NAE_ERA_R-2362_Emakeele_Selts, lk 51
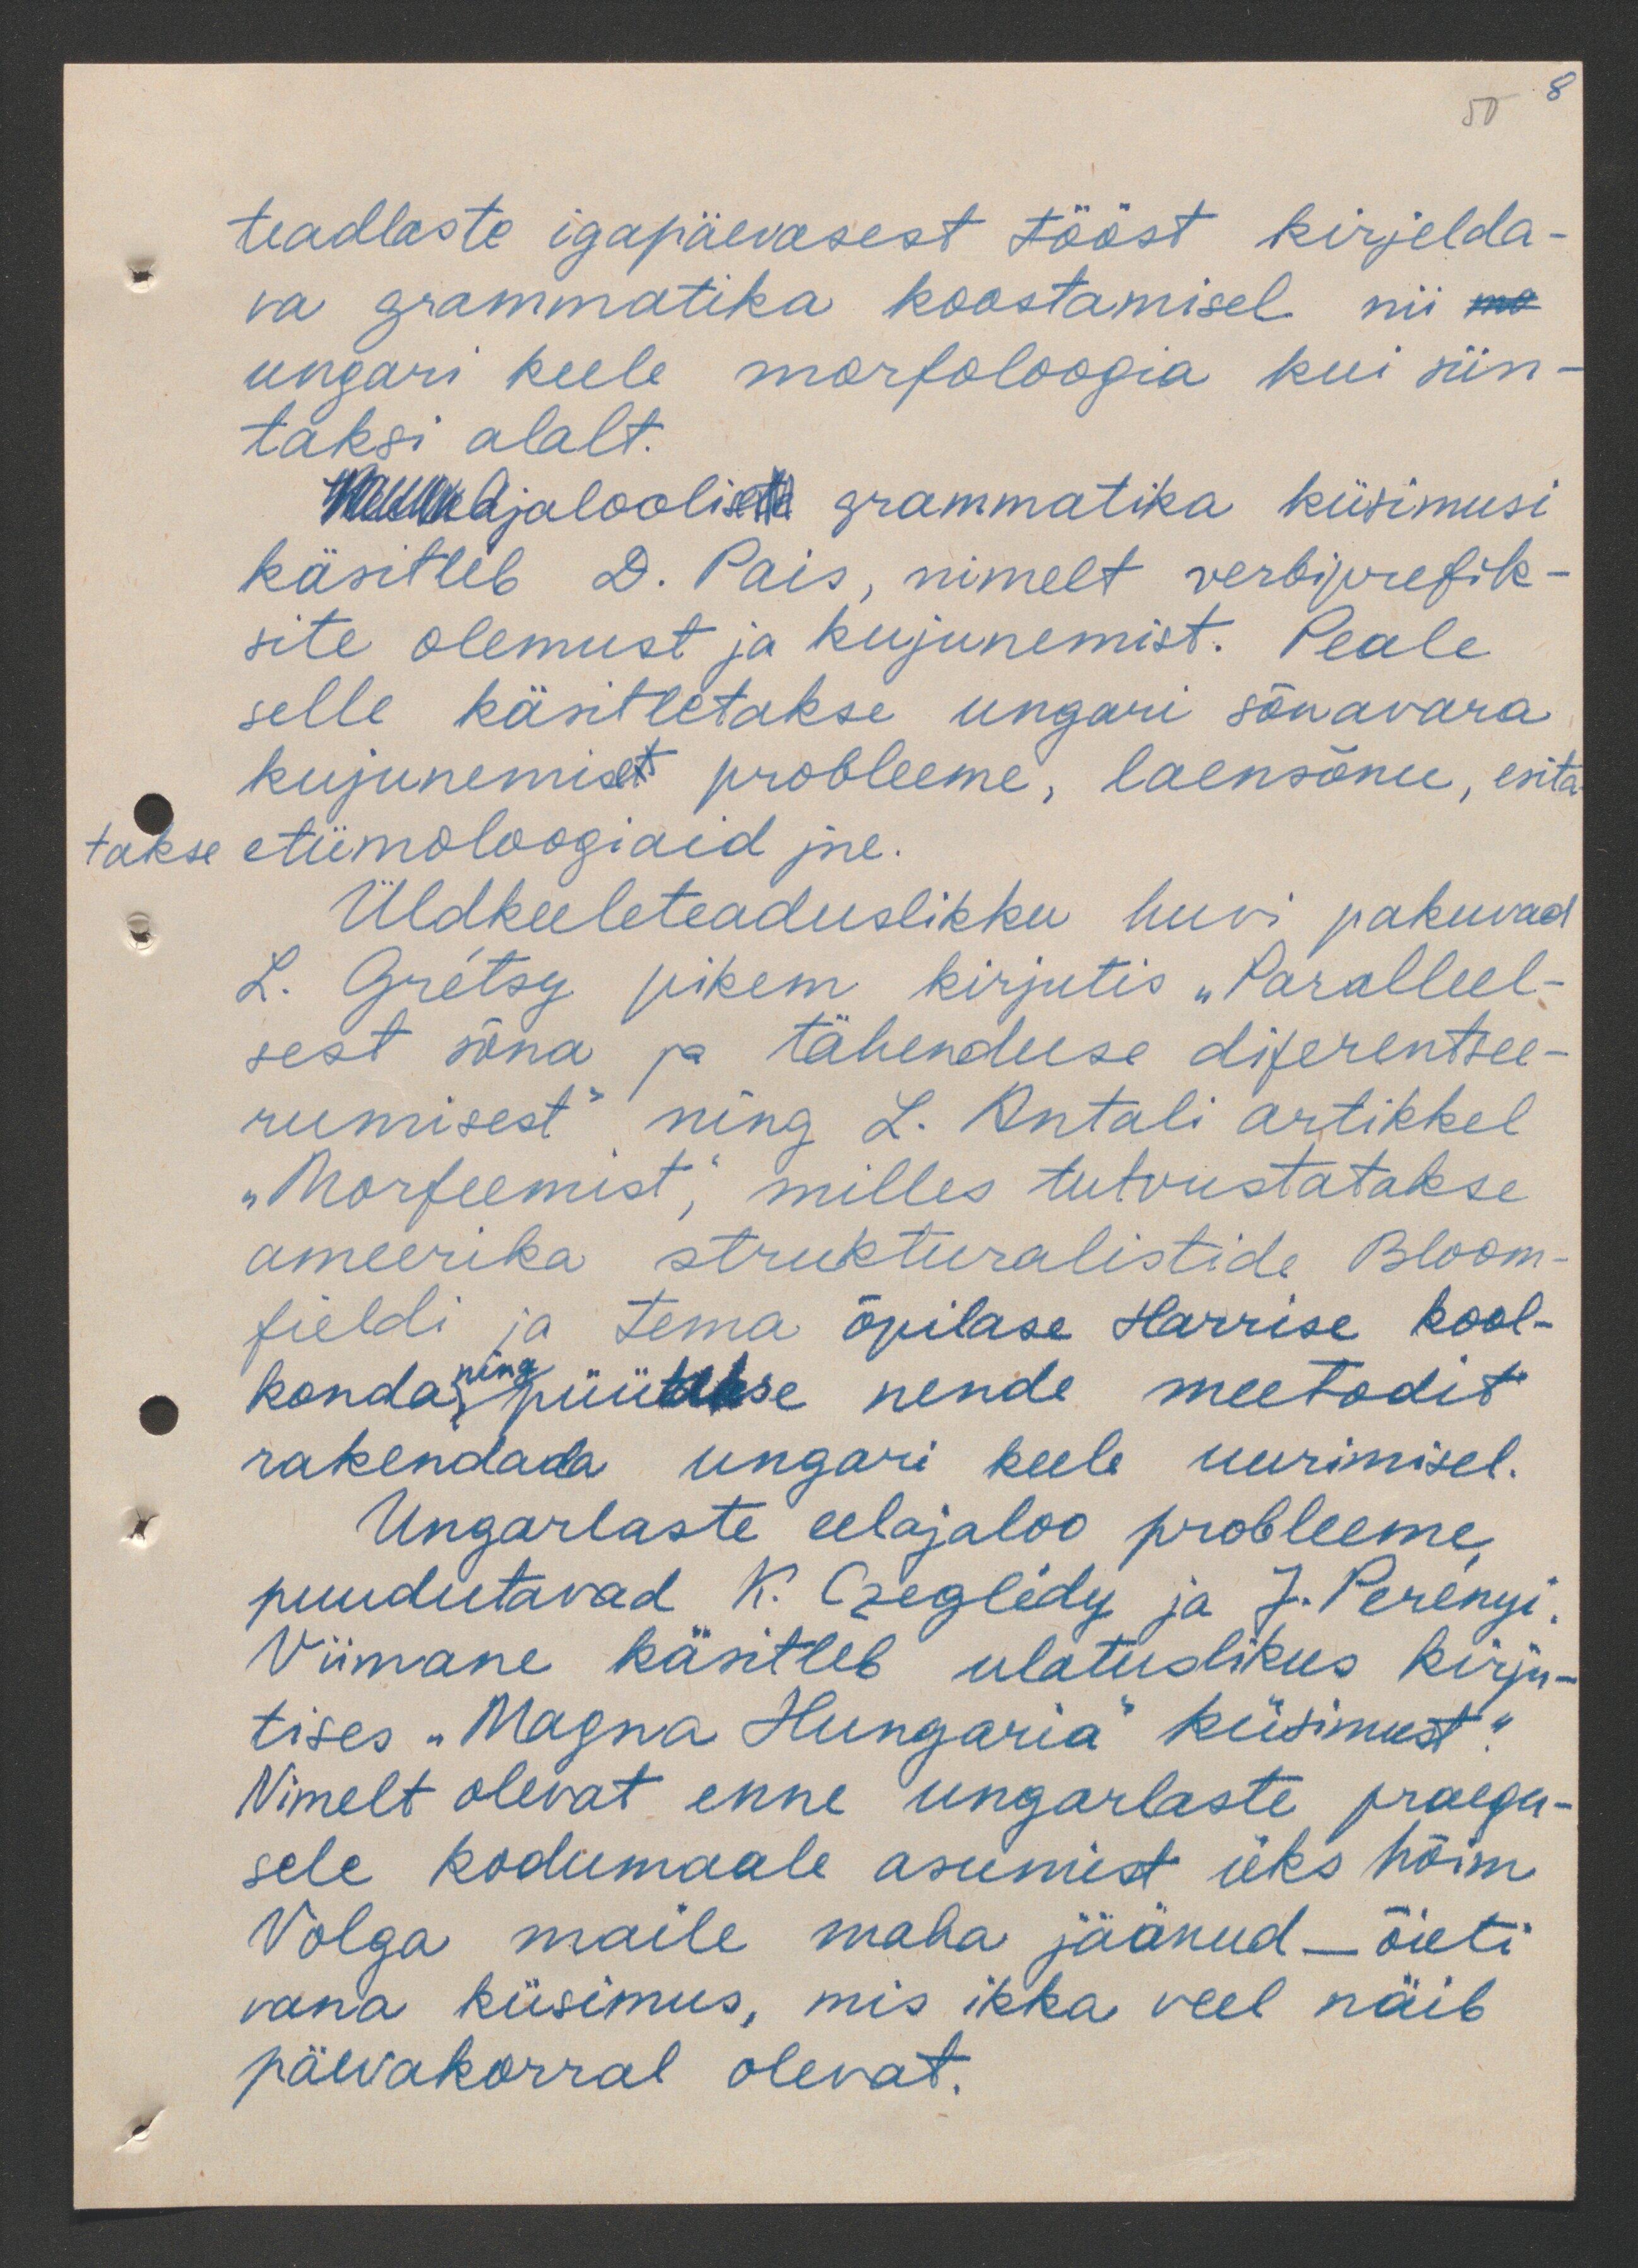
50 8

teadlaste igapäevasest tööst kirjelda-
va grammatika koostamisel nii
ungari keele morfoloogia kui sün-
taksi alalt.
Ajalooliste grammatika küsimusi
käsitleb D. Pais, nimelt verbiprefik-
site olemust ja kujunemist. Peale
selle käsitletakse ungari sõnavara
kujunemise probleeme, laensõnu, esita
takse etümoloogiaid jne.
Üldkeeleteaduslikku huvi pakuvad
L. Gretsy pikem kirjutis "Paralleel-
sest sõna ja tähenduse diferentsee-
rumisest" ning L. Antali artikkel
"Morfeemist", milles tutvustatakse
ameerika strukturalistide Bloom-
fieldi ja tema õpilase Harrise kool-
konda ja püütakse nende meetodit
ning
rakendada ungari keele uurimisel.
Ungarlaste eelajaloo probleeme,
puudutavad K. Czegledy ja J. Perenyi.
Viimane käsitleb ulatuslikus kirju-
tises "Magna Hungaria" küsimust"
Nimelt olevat enne ungarlaste praegu-
sele kodumaale asumist üks hõim
Volga maile maha jäänud - õieti
vana küsimus, mis ikka veel näib
päevakorral olevat.